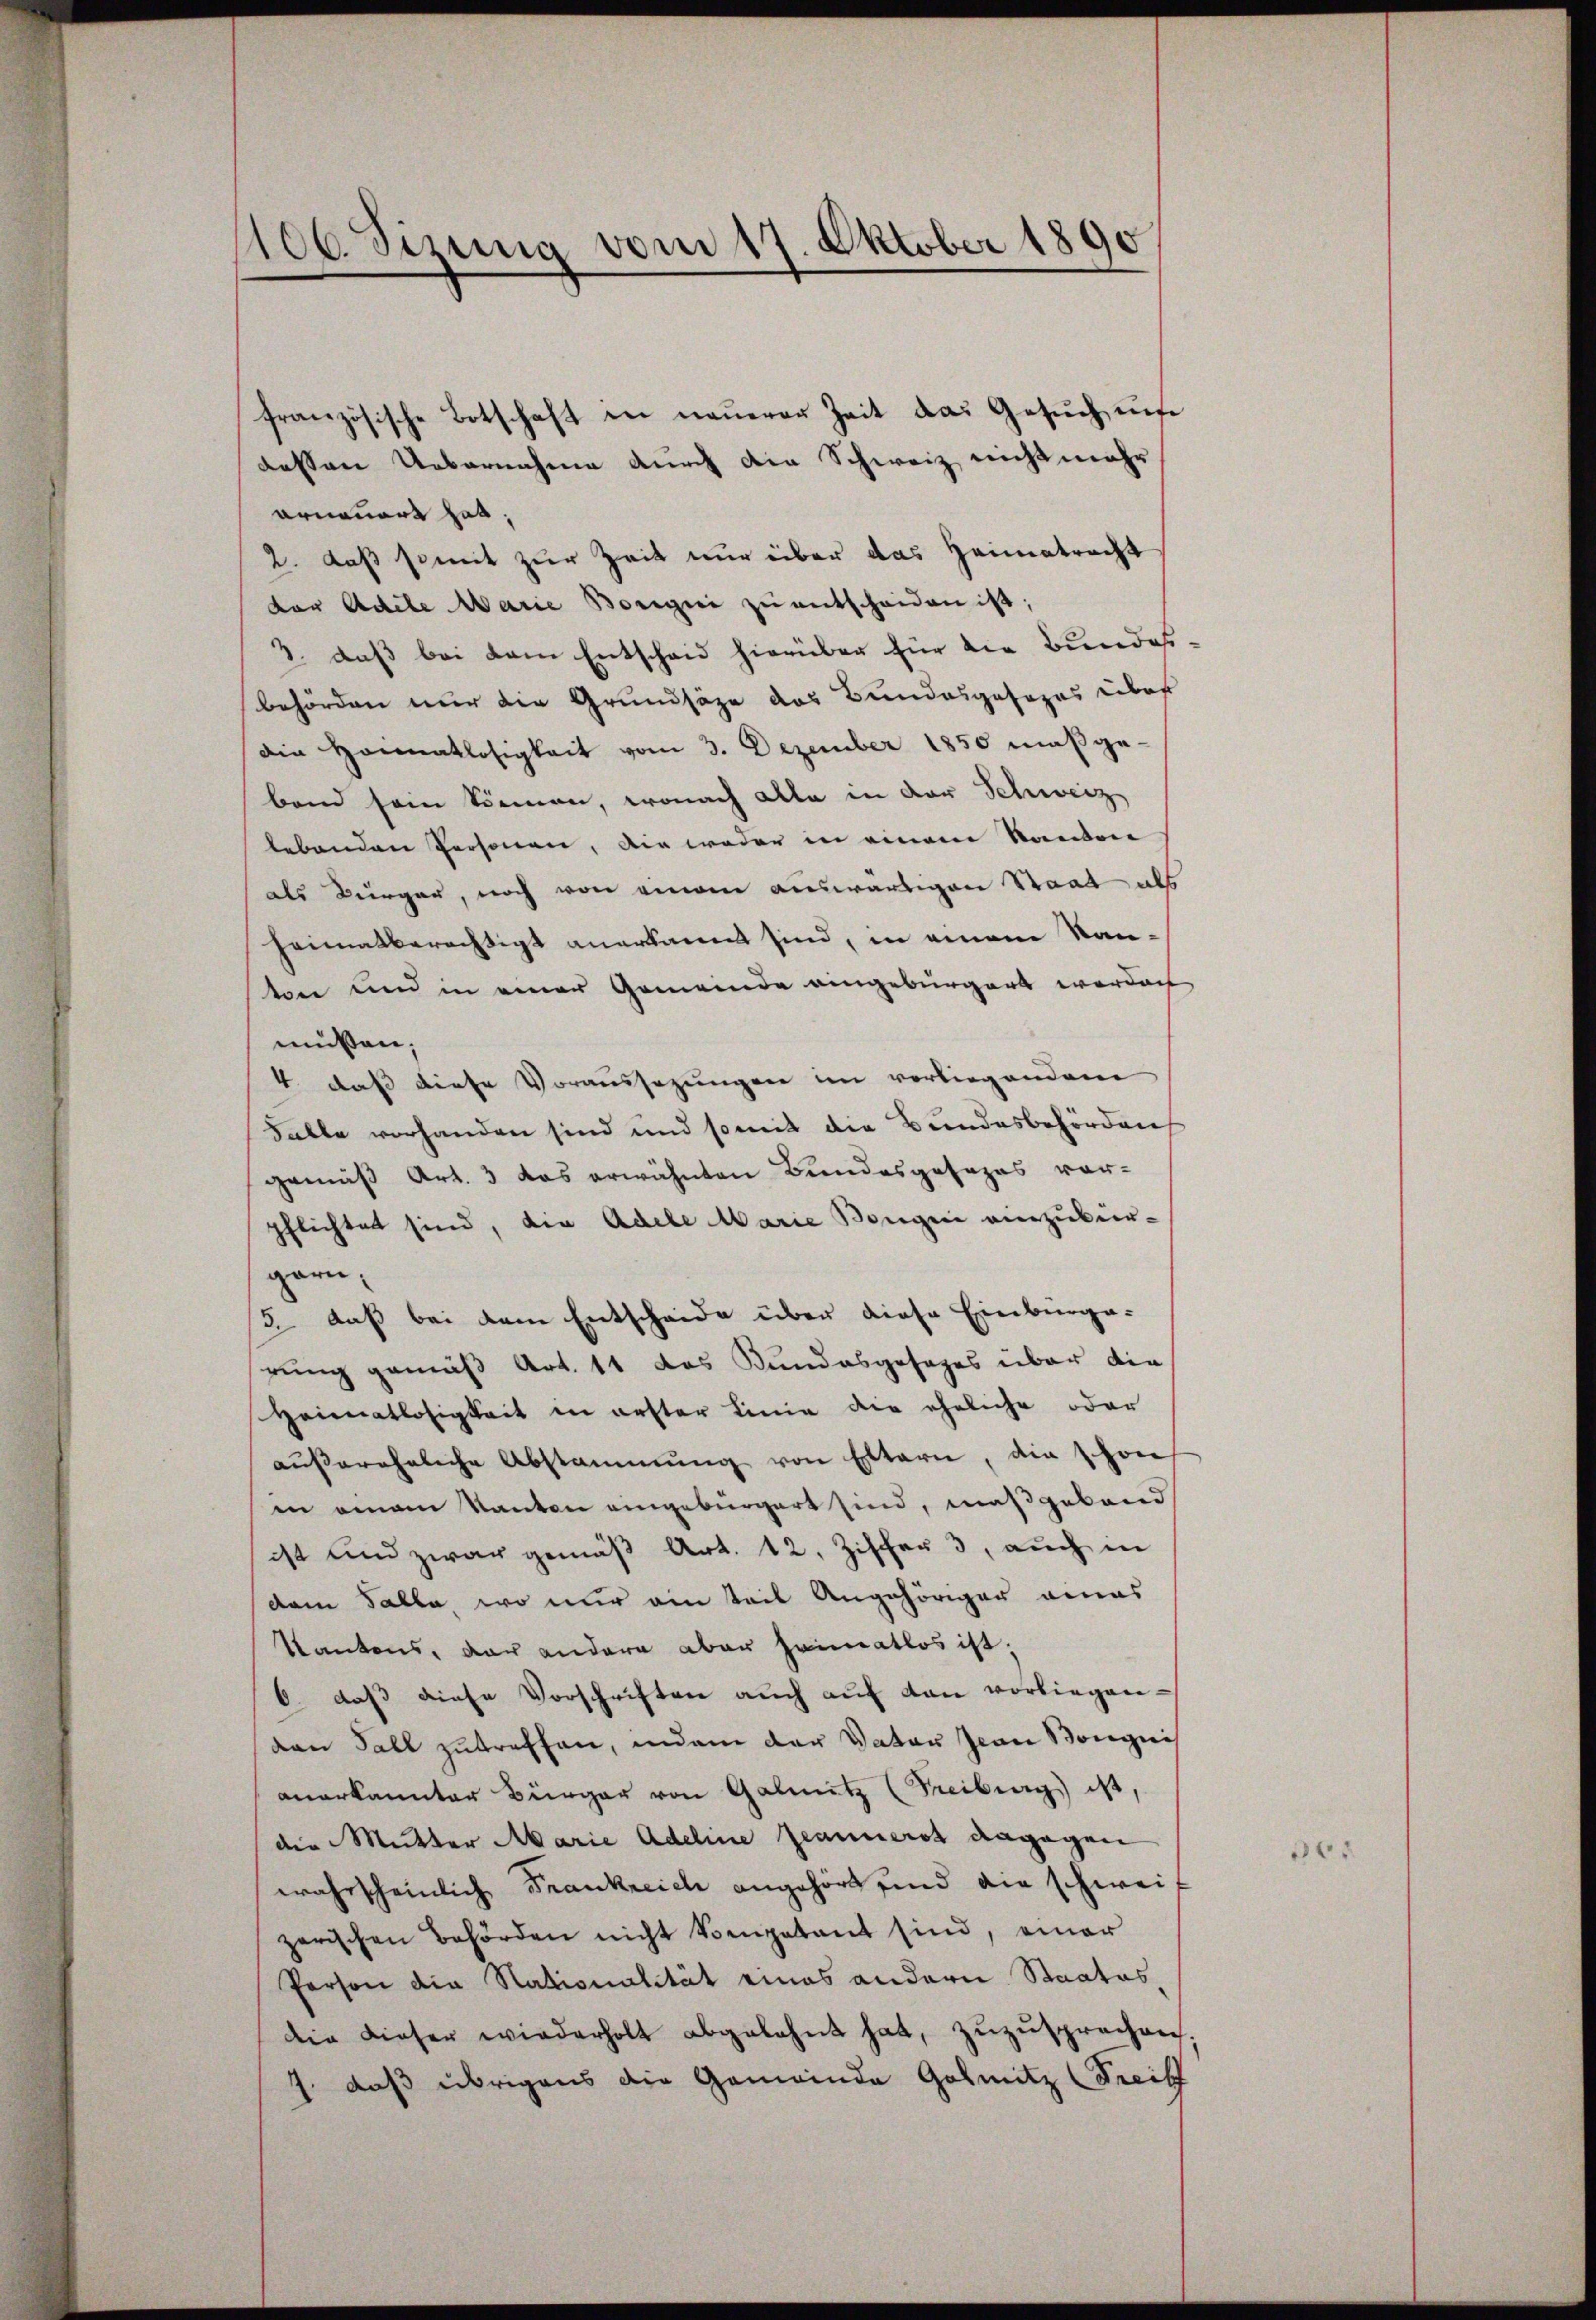
106. Sizung vom 17. Oktober 1890

französische Botschaft in neŭerer Zeit das Gesŭch unse
dessen Uebernahme durch die Schweiz nicht mehr
erneuert hat,
2. daß somit zur Zeit nur über das Heimatracht
der Adele Marie Borgii zu entscheiden ist;
3. daß bei dem Entscheid hierüber für die Bundes.
behörden nur die Grundsäze das Bundesgesares Leber
Ain Heimatlosigkeit vom 3. Dezember 1850 maßgeband sein kennen, wonach alle in der Schweiz
lebenden Personen, die weder in einem Kanton
als Bürger, noch von einem auswärtigen Staat als
heimatberechtigt anerkannt sind, in einem Kanton und in einer Gemeinde eingebürgert worden
müßen,
4. daß diese Voraussagungen im vorliegenden
Falle vorhanden sind und somit die Bundesbehörden
gemäß Art. 3 das erwähnten Bundesgesezes vor-
pflichtet sind, die Adele Marie Bongen vierzubür-
garn,
3. daß bei dem Entscheide über diese Einbürga-
rung gemäß Art. 11 das Kundesgesages über die
Heimatlosigkeit in erster Linie die eheliche oder
aŭβereheliche Abstammung von Eltern, die schon
in einem Kanton eingebürgert sind, maßgeband
ist und zwar gemäß Art. 12. Zischer 3, auch in
dem Talla wo nur ain Teil Angehöriger genas
Kantons, der andern aber Heimatlos ist;
6. daß diese Vorschriften auch auf den vorliegen-
den Fall zutreffen, indem der Vater Jean Bongnis
anerkannter Bürger von Galnitz (Freiburg ist,
die Mutter Marie Adeline geannerst dagegen
wahrscheinlich Frankreich angehört sind die schweif
zerischen Behörden nicht kompetent sind, einer
Person die Nationalität eines andern Staates,
die dieser wiederholt abgelehnt hat, zŭzŭsprechen.
1. daß übrigens die Gemeinde Golmitz (Treitf